Loodushoiu_ja_Turismi_Instituut, lk 371
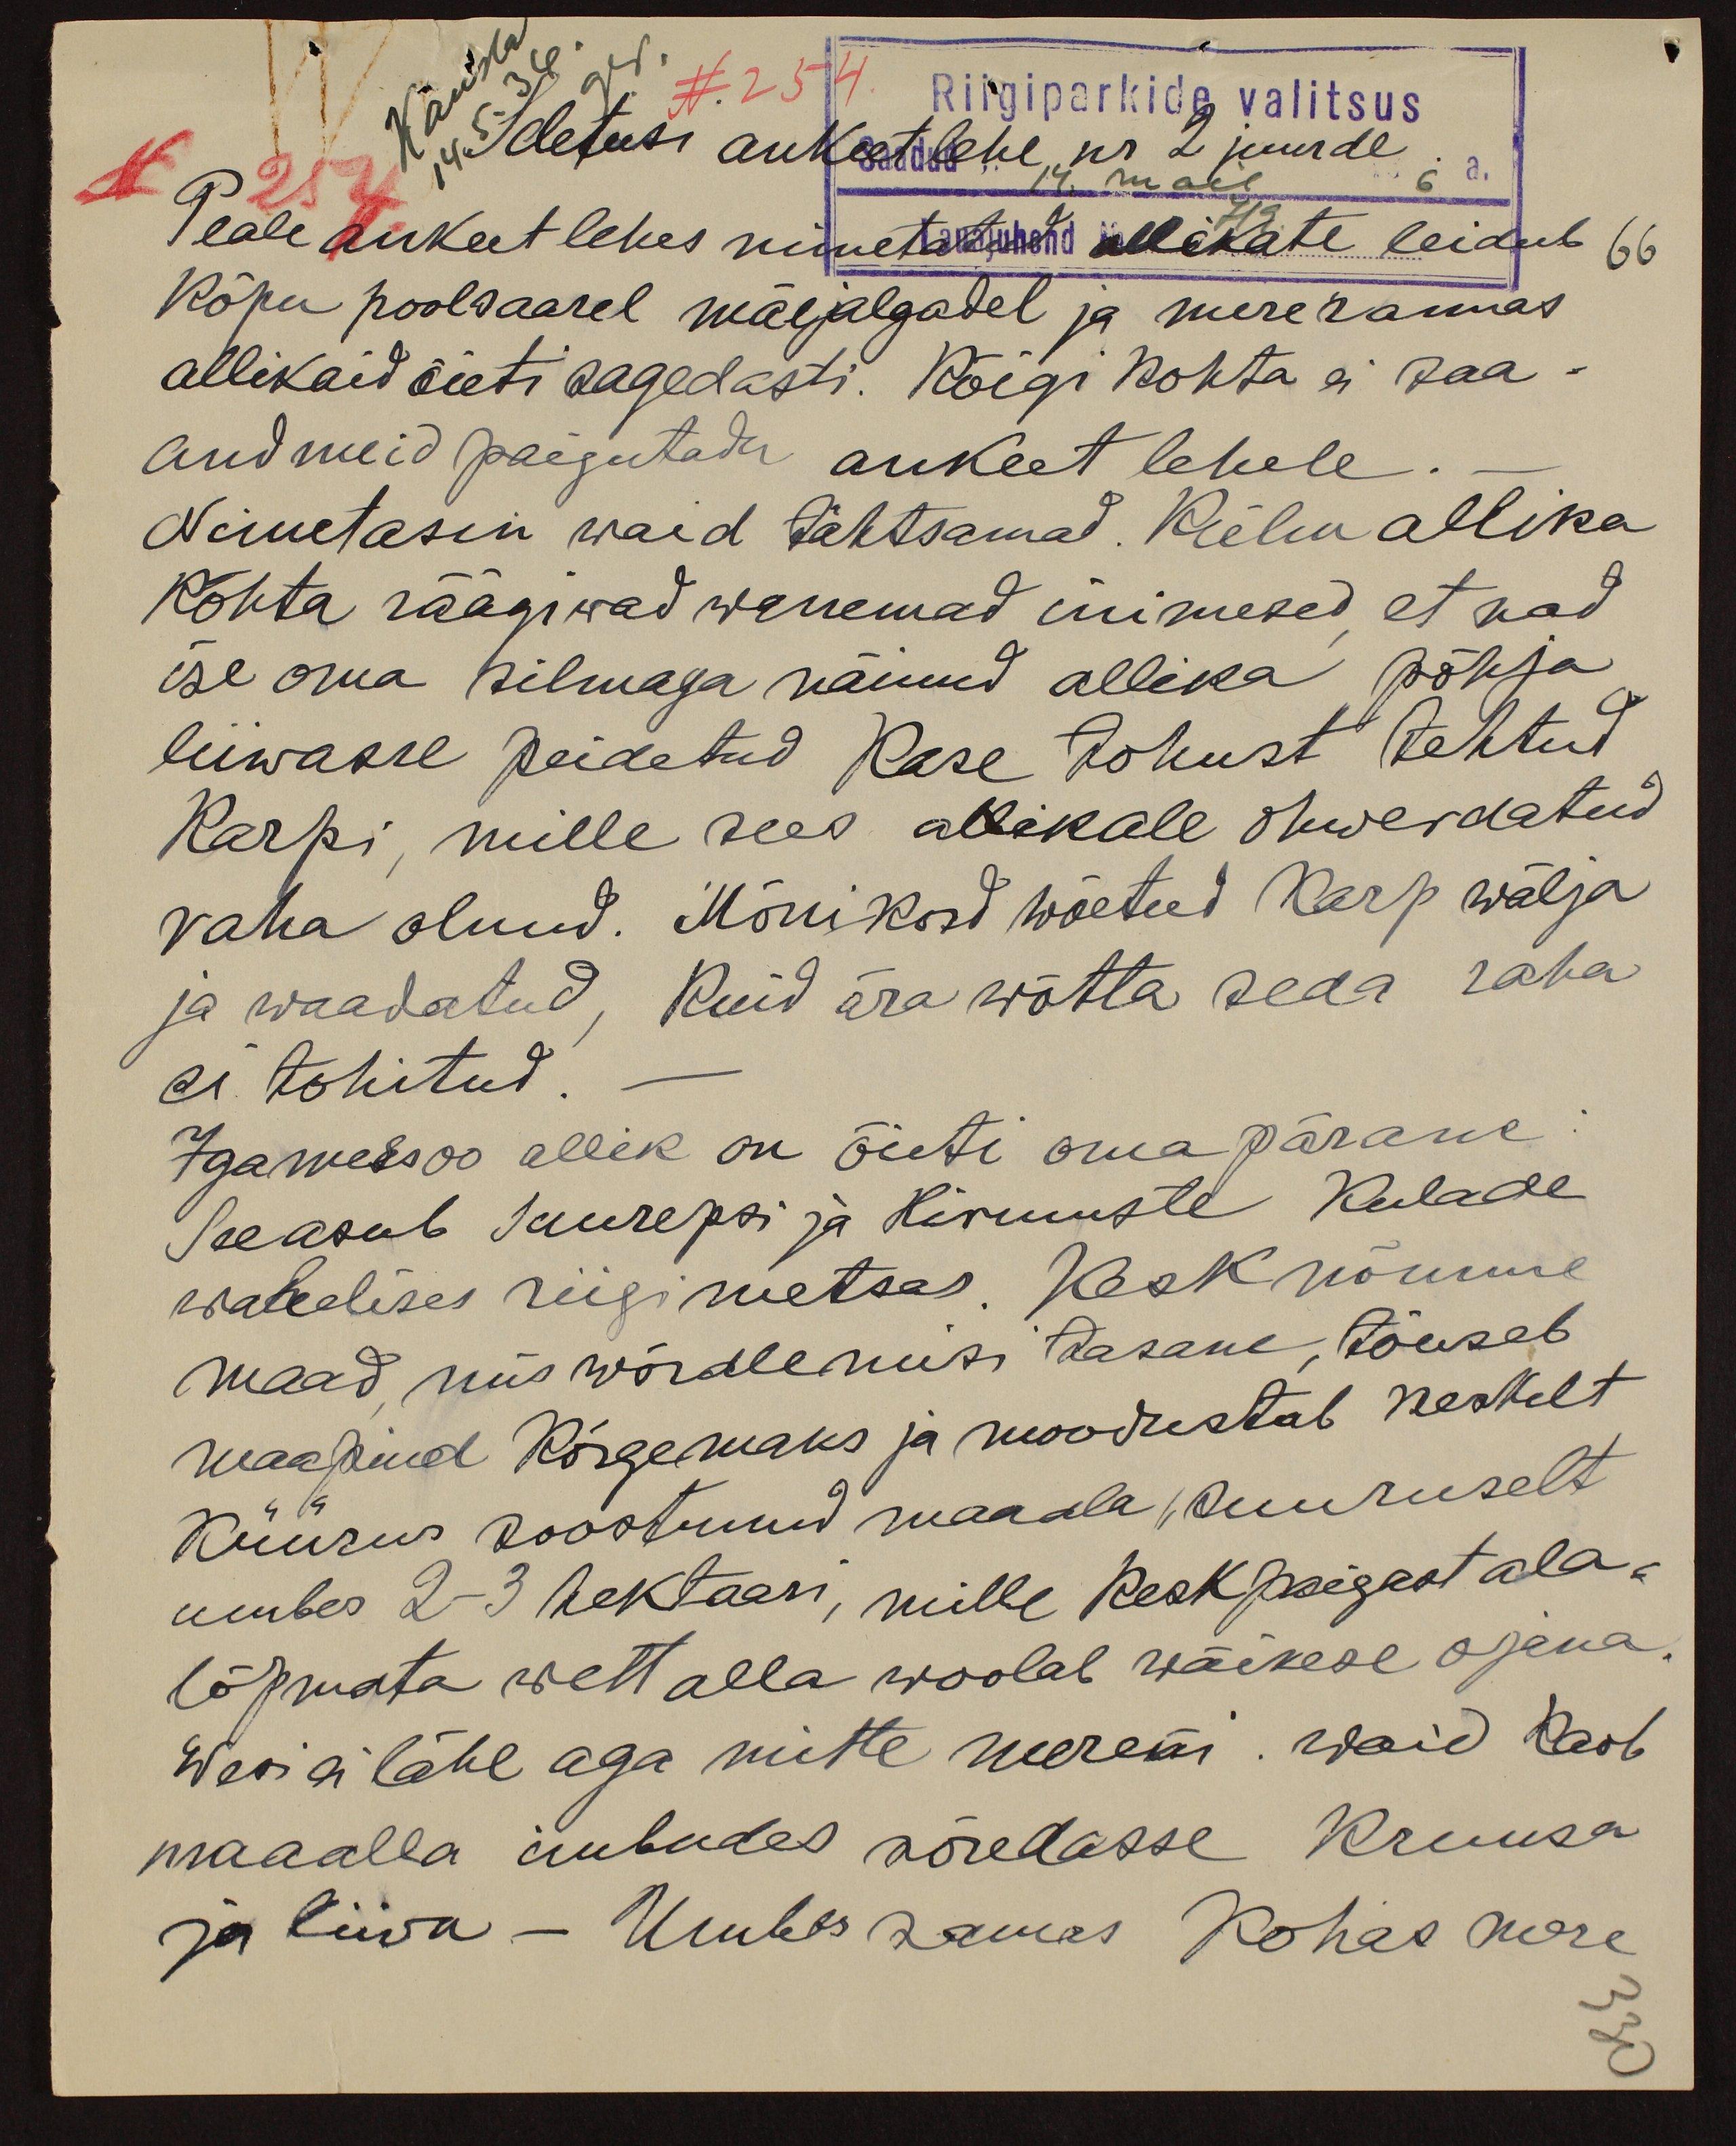
Seletusi ankeetlehe nr. 2 juurde
N. 254
Riigiparkide valitsus
Peale ankeet lehes nimetatud allikate leidub
66
Kõpu poolsaarel mäejalgadel ja mererannas
allikaid õieti sagedasti. Kõigi kohta ei saa-
andmeid paigutada ankeet lehele
Nimetasin waid tähtsamad. Külm allika
kohta räägiwad wanemad inimesed et nad
ise oma silmaga näinud allika põhja
liiwasse peidetud kase tohust tehtud,
karpi, mille sees allikale ohwerdatud
raha olnud. Mõnikord wõetud karp wälja
ja waadatud, kuid ära wõtta seda raha
ei tohitud
Igametsoo allik on õieti omapärane:
See asub Suurepsi ja Hirmuste kulade
wahelises riigimetsas Kesk nõmme
maad, mis wõrdlemisi tasane, tõuseb
maapind kõrgemaks ja moodustab keskelt
küürus roostunud maaala, suuruselt
umbes 2-3 hektaari, mille keskpaigast ala-
lõpmata wett alla woolab wäikese ojana.
Wesi ei lähe aga mitte mereni waid kaob-
maaalla umbudes hõredasse kruusa
ja liiva - Umbes samas kohas mere